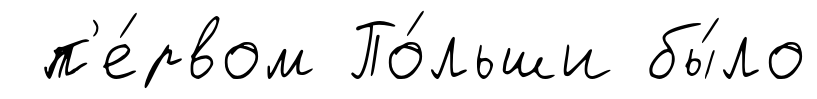
п'е́рвом По́льши бы́ло